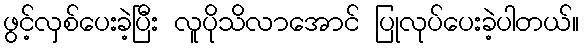
ဖွင့်လှစ်ပေးခဲ့ပြီး လူပိုသိလာအောင် ပြုလုပ်ပေးခဲ့ပါတယ်။